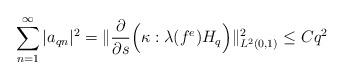
LaTeX: \begin{align*}\sum_{n=1}^{\infty} \vert a_{qn}\vert^2=\Vert\dfrac{\partial}{\partial s}\Big(\kappa:\lambda(f^e) H_q \Big)\Vert_{L^2(0, 1)}^2\leq C q^2\end{align*}